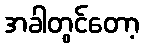
အခါတွင်တော့